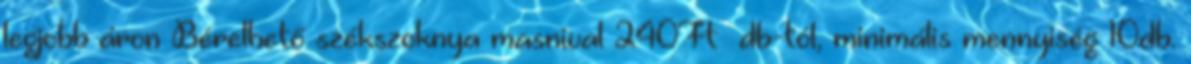
legjobb áron Bérelhető székszoknya masnival 240Ft db-tól, minimális mennyiség 10db.